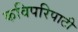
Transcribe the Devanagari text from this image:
कविपरिपाटी